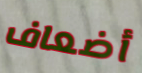
أضعاف